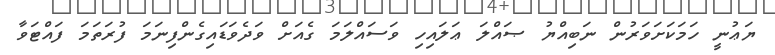
ޔަޢުނީ ހަމަކަށަވަރުން ނަބިއްޔު ޞައްލަ ޢަލައިހި ވަސައްލަމަ ގެއަށް ވަދެވަޑައިގެންފިނަމަ ފުރަތަމަ ފައްޓަވާ